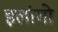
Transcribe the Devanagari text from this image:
इलांगो